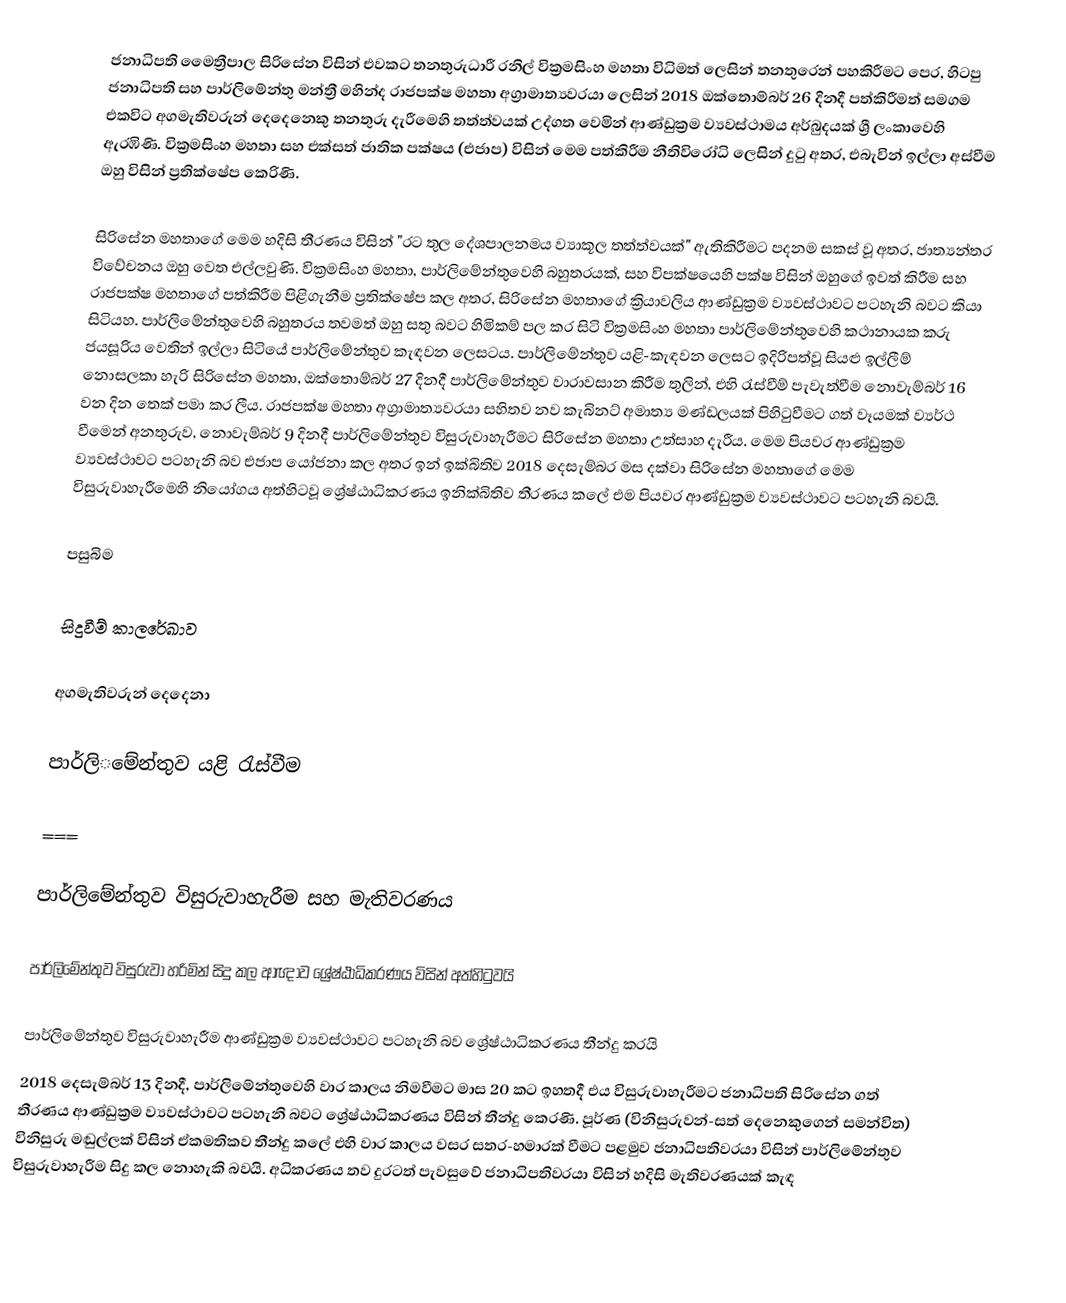
ජනාධිපති මෛත්‍රීපාල සිරිසේන විසින් එවකට තනතුරුධාරී රනිල් වික්‍රමසිංහ මහතා විධිමත් ලෙසින් තනතුරෙන් පහකිරීමට පෙර, හිටපු ජනාධිපති සහ පාර්ලිමේන්තු මන්ත්‍රී  මහින්ද රාජපක්ෂ මහතා අග්‍රාමාත්‍යවරයා ලෙසින් 2018 ඔක්තොම්බර්  26 දිනදී පත්කිරීමත් සමගම එකවිට අගමැතිවරුන් දෙදෙනෙකු තනතුරු දැරීමෙහි තත්ත්වයක් උද්ගත වෙමින් ආණ්ඩුක්‍රම ව්‍යවස්ථාමය අර්බුදයක්  ශ්‍රී ලංකාවෙහි ඇරඹිණි. වික්‍රමසිංහ මහතා සහ  එක්සත් ජාතික පක්ෂය (එජාප) විසින් මෙම පත්කිරීම නීතිවිරෝධි ලෙසින් දුටු අතර, එබැවින් ඉල්ලා අස්වීම ඔහු විසින් ප්‍රතික්ෂේප කෙරිණි.

සිරිසේන මහතාගේ මෙම හදිසි තීරණය විසින්  "රට තුල දේශපාලනමය ව්‍යාකූල තත්ත්වයක්" ඇතිකිරීමට පදනම සකස් වූ අතර, ජාත්‍යන්තර  විවේචනය ඔහු වෙත එල්ලවුණි.  වික්‍රමසිංහ මහතා, පාර්ලිමේන්තුවෙහි බහුතරයක්, සහ විපක්ෂයෙහි පක්ෂ විසින් ඔහුගේ ඉවත් කිරීම සහ රාජපක්ෂ මහතාගේ පත්කිරීම පිළිගැනීම ප්‍රතික්ෂේප කල අතර, සිරිසේන මහතාගේ ක්‍රියාවලිය ආණ්ඩුක්‍රම ව්‍යවස්ථාවට පටහැනි බවට කියා සිටියහ.  පාර්ලිමේන්තුවෙහි බහුතරය තවමත් ඔහු සතු බවට හිමිකම් පල කර සිටි වික්‍රමසිංහ මහතා  පාර්ලිමේන්තුවෙහි කථානායක කරු ජයසූරිය වෙතින් ඉල්ලා සිටියේ පාර්ලිමේන්තුව කැඳවන ලෙසටය.  පාර්ලිමේන්තුව යළි-කැඳවන ලෙසට ඉදිරිපත්වූ සියළු ඉල්ලීම් නොසලකා හැරි සිරිසේන මහතා,  ඔක්තොම්බර් 27 දිනදී පාර්ලිමේන්තුව වාරාවසාන කිරීම තුලින්, එහි රැස්වීම් පැවැත්වීම නොවැම්බර් 16 වන දින තෙක් පමා කර ලීය.  රාජපක්ෂ මහතා අග්‍රාමාත්‍යවරයා සහිතව නව කැබිනට් අමාත්‍ය මණ්ඩලයක් පිහිටුවීමට ගත් වෑයමක් ව්‍යර්ථ වීමෙන් අනතුරුව, නොවැම්බර් 9 දිනදී පාර්ලිමේන්තුව විසුරුවාහැරීමට සිරිසේන මහතා උත්සාහ දැරීය. මෙම පියවර ආණ්ඩුක්‍රම ව්‍යවස්ථාවට පටහැනි බව එජාප යෝජනා කල අතර ඉන් ඉක්බිතිව 2018 දෙසැම්බර මස දක්වා සිරිසේන මහතාගේ මෙම විසුරුවාහැරීමෙහි නියෝගය අත්හිටවූ    ශ්‍රේෂ්ඨාධිකරණය ඉනික්බිතිව තීරණය කලේ එම පියවර ආණ්ඩුක්‍රම ව්‍යවස්ථාවට පටහැනි බවයි.

පසුබිම

සිදුවීම් කාලරේඛාව

අගමැතිවරුන් දෙදෙනා

පාර්ලි‌‌මේන්තුව යළි රැස්වීම

===

පාර්ලිමේන්තුව විසුරුවාහැරීම සහ මැතිවරණය

පාර්ලිමේන්තුව විසුරුවා හරිමින් සිදු කල ආඥාව ශ්‍රේෂ්ඨාධිකරණය විසින් අත්හිටුවයි

පාර්ලිමේන්තුව විසුරුවාහැරීම ආණ්ඩුක්‍රම ව්‍යවස්ථාවට පටහැනි බව ශ්‍රේෂ්ඨාධිකරණය තීන්දු කරයි
2018 දෙසැම්බර් 13 දිනදී, පාර්ලිමේන්තුවෙහි වාර කාලය නිමවීමට මාස 20 කට ඉහතදී එය විසුරුවාහැරීමට ජනාධිපති සිරිසේන ගත් තීරණය ආණ්ඩුක්‍රම ව්‍යවස්ථාවට පටහැනි බවට ශ්‍රේෂ්ඨාධිකරණය විසින් තීන්දු කෙරණි. පූර්ණ (විනිසුරුවන්-සත් දෙනෙකුගෙන් සමන්විත) විනිසුරු මඬුල්ලක් විසින් ඒකමතිකව තීන්දු කලේ එහි වාර කාලය වසර සතර-හමාරක් වීමට පළමුව ජනාධිපතිවරයා විසින් පාර්ලිමේන්තුව විසුරුවාහැරීම සිදු කල නොහැකි බවයි. අධිකරණය තව දුරටත් පැවසුවේ  ජනාධිපතිවරයා විසින් හදිසි මැතිවරණයක් කැඳ